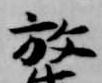
放